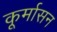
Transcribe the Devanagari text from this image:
कूर्मासन